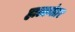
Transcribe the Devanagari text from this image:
हालानंतर